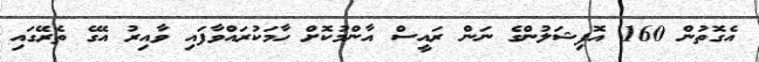
އެގޮތުން 160 އޮފިޝަލުންގެ ނަން ރައީސް އާންމުކޮށް ހާމަކުރައްވާފައި ވާއިރު އޭގެ ތެރޭގައި